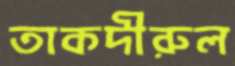
তাকদীরুল